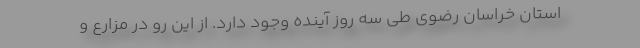
استان خراسان رضوی طی سه روز آینده وجود دارد. از این رو در مزارع و